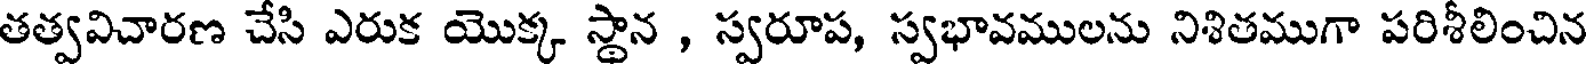
తత్వవిచారణ చేసి ఎరుక యొక్క స్థాన , స్వరూప, స్వభావములను నిశితముగా పరిశీలించిన